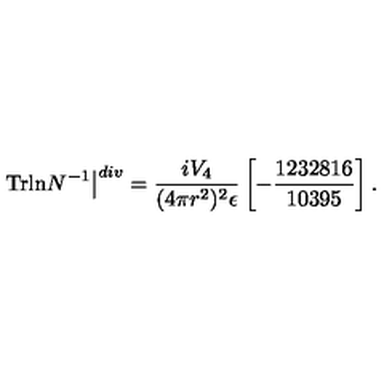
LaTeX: \left. \mathrm { T r l n } N ^ { - 1 } \right\vert ^ { d i v } = \frac { i V _ { 4 } } { ( 4 \pi r ^ { 2 } ) ^ { 2 } \epsilon } \left[ - \frac { 1 2 3 2 8 1 6 } { 1 0 3 9 5 } \right] .